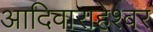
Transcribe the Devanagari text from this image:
आदिवाराहेश्वर